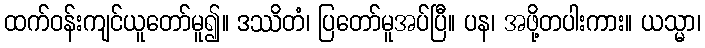
ထက်ဝန်းကျင်ယူတော်မူ၍။ ဒဿိတံ၊ ပြတော်မူအပ်ပြီ။ ပန၊ အဖို့တပါးကား။ ယသ္မာ၊